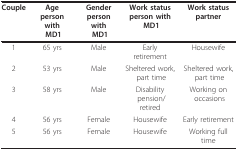
| Couple | Ageperson withMD1 | Genderperson withMD1 | Work statusperson with MD1 | Work statuspartner |
 | --- | --- | --- | --- | --- |
 | 1 | 65 yrs | Male | Early retirement | Housewife |
 | 2 | 53 yrs | Male | Sheltered work, part time | Sheltered work, part time |
 | 3 | 58 yrs | Male | Disability pension/retired | Working on occasions |
 | 4 | 56 yrs | Female | Housewife | Early retirement |
 | 5 | 56 yrs | Female | Housewife | Working full time |